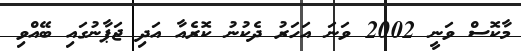
މާކޮސް ވަނީ 2002 ވަނަ އަހަރު ދެކުނު ކޮރެއާ އަދި ޖަޕާނުގައި ބޭއްވި